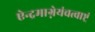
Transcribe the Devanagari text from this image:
ऐन्द्रमाग्नेयंचत्वाष्ट्रं